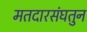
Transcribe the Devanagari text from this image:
मतदारसंघतुन